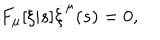
LaTeX: F _ { \mu } [ \xi | s ] \dot { \xi } ^ { \mu } ( s ) = 0 ,